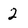
Character: 2